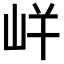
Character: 𭖓